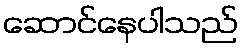
ဆောင်နေပါသည်